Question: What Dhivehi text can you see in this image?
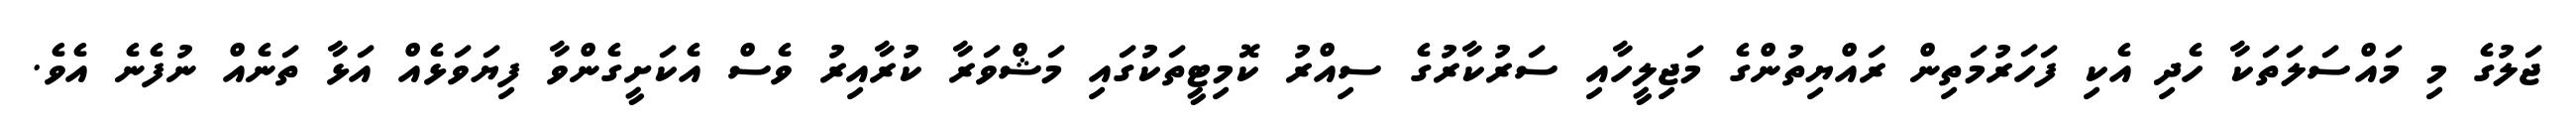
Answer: ޖަލުގެ މި މައްސަލަތަކާ ހެދި އެކި ފަހަރުމަތިން ރައްޔިތުންގެ މަޖިލީހާއި ސަރުކާރުގެ ސިއްރު ކޮމިޓީތަކުގައި މަޝްވަރާ ކުރާއިރު ވެސް އެކަށީގެންވާ ފިޔަވަޅެއް އަޅާ ތަނެއް ނުފެނެ އެވެ.